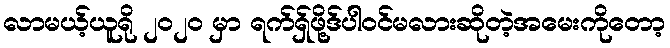
လာမယ့်ယူရို ၂၀၂၀ မှာ ရက်ရှ်ဖို့ဒ်ပါဝင်မလားဆိုတဲ့အမေးကိုတော့